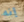
إنه